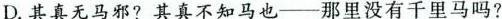
D. 其真无马邪?其真不知马也——那里没有千里马吗?